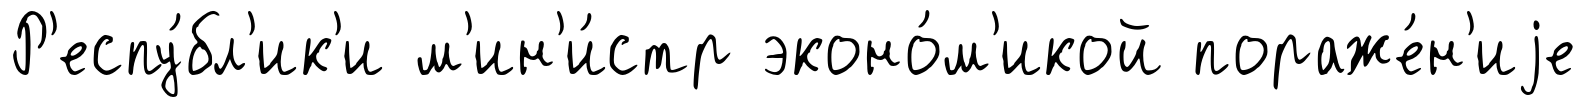
Р'еспу́бл'ик'и м'ин'и́стр эконо́м'икой пораже́н'иjе